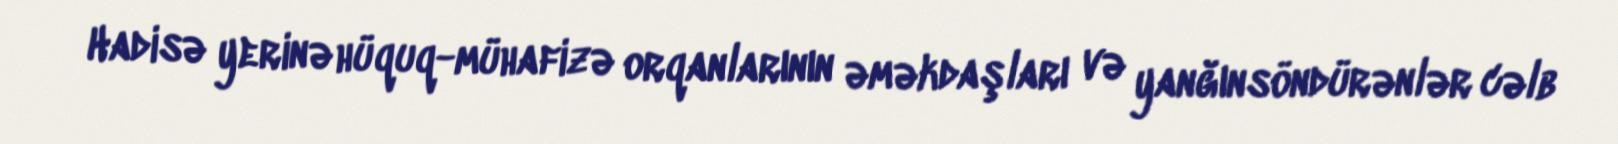
Hadisə yerinə hüquq-mühafizə orqanlarının əməkdaşları və yanğınsöndürənlər cəlb